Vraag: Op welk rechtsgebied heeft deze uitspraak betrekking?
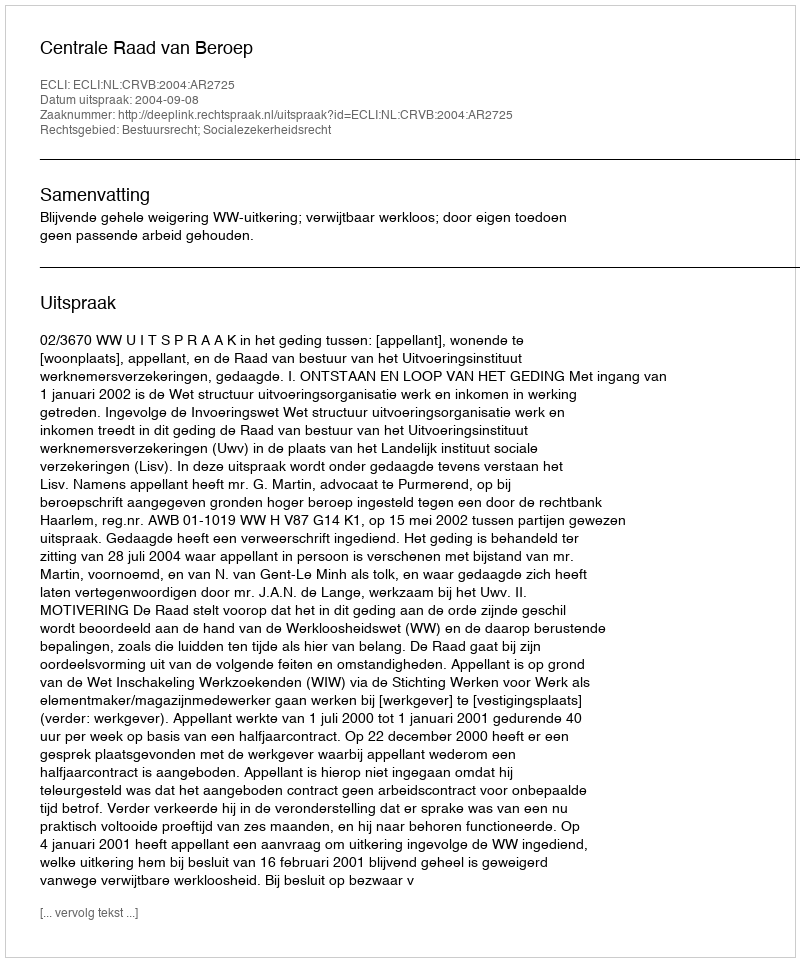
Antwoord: Bestuursrecht; Socialezekerheidsrecht